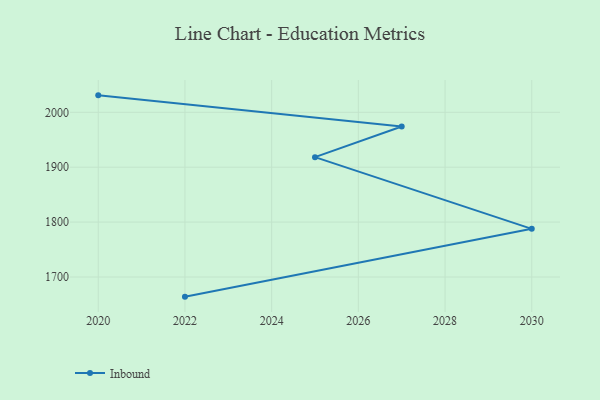
{"axis": {"x": "Year", "y": "Tickets Resolved"}, "legend": ["Inbound"], "data": [{"x": "2020", "y": 2030.9, "type": "Inbound"}, {"x": "2027", "y": 1974.2, "type": "Inbound"}, {"x": "2025", "y": 1918.3, "type": "Inbound"}, {"x": "2030", "y": 1787.7, "type": "Inbound"}, {"x": "2022", "y": 1664.2, "type": "Inbound"}]}